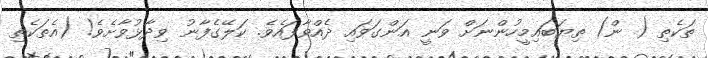
ތަކެތި ( ން) ތިޔަބައިމީހުންނަށް ވަނީ އަންގަވައި ދެއްވާފައެވެ. ކަލޭގެފާނު ވިދާޅުވާށެވެ! (އެތަކެތި